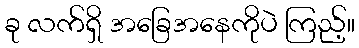
ခု လက်ရှိ အခြေအနေကိုပဲ ကြည့်။